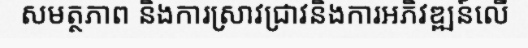
សមត្ថភាព និងការស្រាវជ្រាវនិងការអភិវឌ្ឍន៍លើ